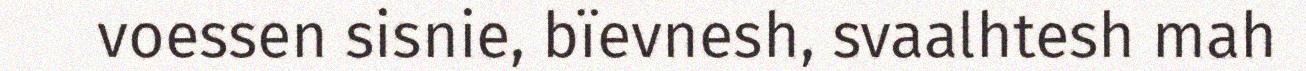
voessen sisnie, bïevnesh, svaalhtesh mah